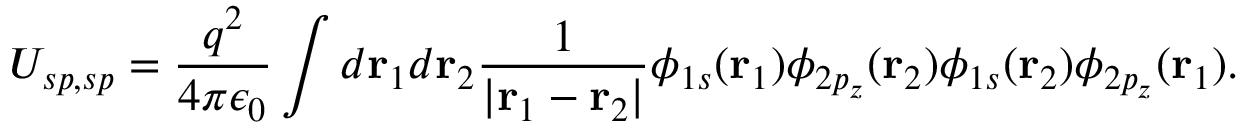
U _ { s p , s p } = \frac { q ^ { 2 } } { 4 \pi \epsilon _ { 0 } } \int d { \bf r } _ { 1 } d { \bf r } _ { 2 } \frac { 1 } { | { \bf r } _ { 1 } - { \bf r } _ { 2 } | } \phi _ { 1 s } ( { \bf r } _ { 1 } ) \phi _ { 2 p _ { z } } ( { \bf r } _ { 2 } ) \phi _ { 1 s } ( { \bf r } _ { 2 } ) \phi _ { 2 p _ { z } } ( { \bf r } _ { 1 } ) .